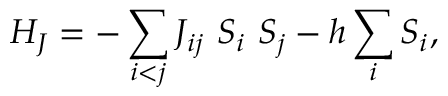
H _ { J } = - \sum _ { i < j } J _ { i j } \ S _ { i } \ S _ { j } - h \sum _ { i } S _ { i } ,